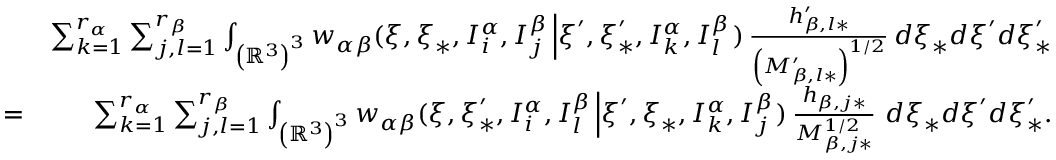
\begin{array} { r l r } & { } & { \sum _ { k = 1 } ^ { r _ { \alpha } } \sum _ { j , l = 1 } ^ { r _ { \beta } } \int _ { \left( \mathbb { R } ^ { 3 } \right) ^ { 3 } } w _ { \alpha \beta } ( \boldsymbol { \xi } , \boldsymbol { \xi } _ { \ast } , I _ { i } ^ { \alpha } , I _ { j } ^ { \beta } \left\vert \boldsymbol { \xi } ^ { \prime } , \boldsymbol { \xi } _ { \ast } ^ { \prime } , I _ { k } ^ { \alpha } , I _ { l } ^ { \beta } \right. ) \, \frac { h _ { \beta , l \ast } ^ { \prime } } { \left( M _ { \beta , l \ast } ^ { \prime } \right) ^ { 1 / 2 } } \, d \boldsymbol { \xi } _ { \ast } d \boldsymbol { \xi } ^ { \prime } d \boldsymbol { \xi } _ { \ast } ^ { \prime } } \\ & { = } & { \sum _ { k = 1 } ^ { r _ { \alpha } } \sum _ { j , l = 1 } ^ { r _ { \beta } } \int _ { \left( \mathbb { R } ^ { 3 } \right) ^ { 3 } } w _ { \alpha \beta } ( \boldsymbol { \xi } , \boldsymbol { \xi } _ { \ast } ^ { \prime } , I _ { i } ^ { \alpha } , I _ { l } ^ { \beta } \left\vert \boldsymbol { \xi } ^ { \prime } , \boldsymbol { \xi } _ { \ast } , I _ { k } ^ { \alpha } , I _ { j } ^ { \beta } \right. ) \, \frac { h _ { \beta , j \ast } } { M _ { \beta , j \ast } ^ { 1 / 2 } } \, \, d \boldsymbol { \xi } _ { \ast } d \boldsymbol { \xi } ^ { \prime } d \boldsymbol { \xi } _ { \ast } ^ { \prime } \mathrm { . } } \end{array}